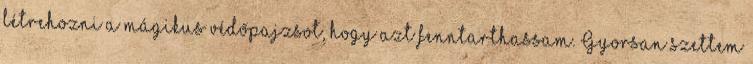
létrehozni a mágikus védőpajzsot, hogy azt fenntarthassam. Gyorsan szettem